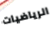
الرياضيات